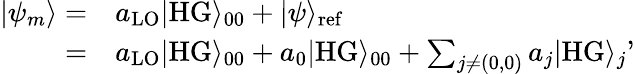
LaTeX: \begin{array}{rl}{|\psi_{m}\rangle=}&{a_{\mathrm{LO}}|\mathrm{HG}\rangle_{00}+|\psi\rangle_{\mathrm{ref}}}\\ {=}&{a_{\mathrm{LO}}|\mathrm{HG}\rangle_{00}+a_{0}|\mathrm{HG}\rangle_{00}+\sum_{j\neq(0,0)}a_{j}|\mathrm{HG}\rangle_{j}}\end{array},